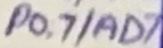
Text: P0.7/AD7